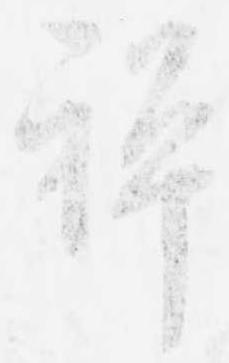
禅